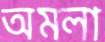
অমলা